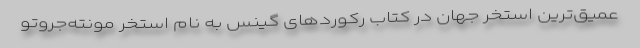
عمیق‌ترین استخر جهان در کتاب رکوردهای گینس به نام استخر مونته‌جروتو